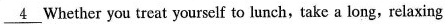
\underline{4}Whether you treat yourself to lunch,take a long,relaxing